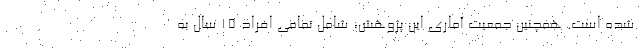
شده است. همچنین جمعیت آماری این پژوهش، شامل تمامی افراد ۱۵ سال به